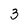
Character: 3